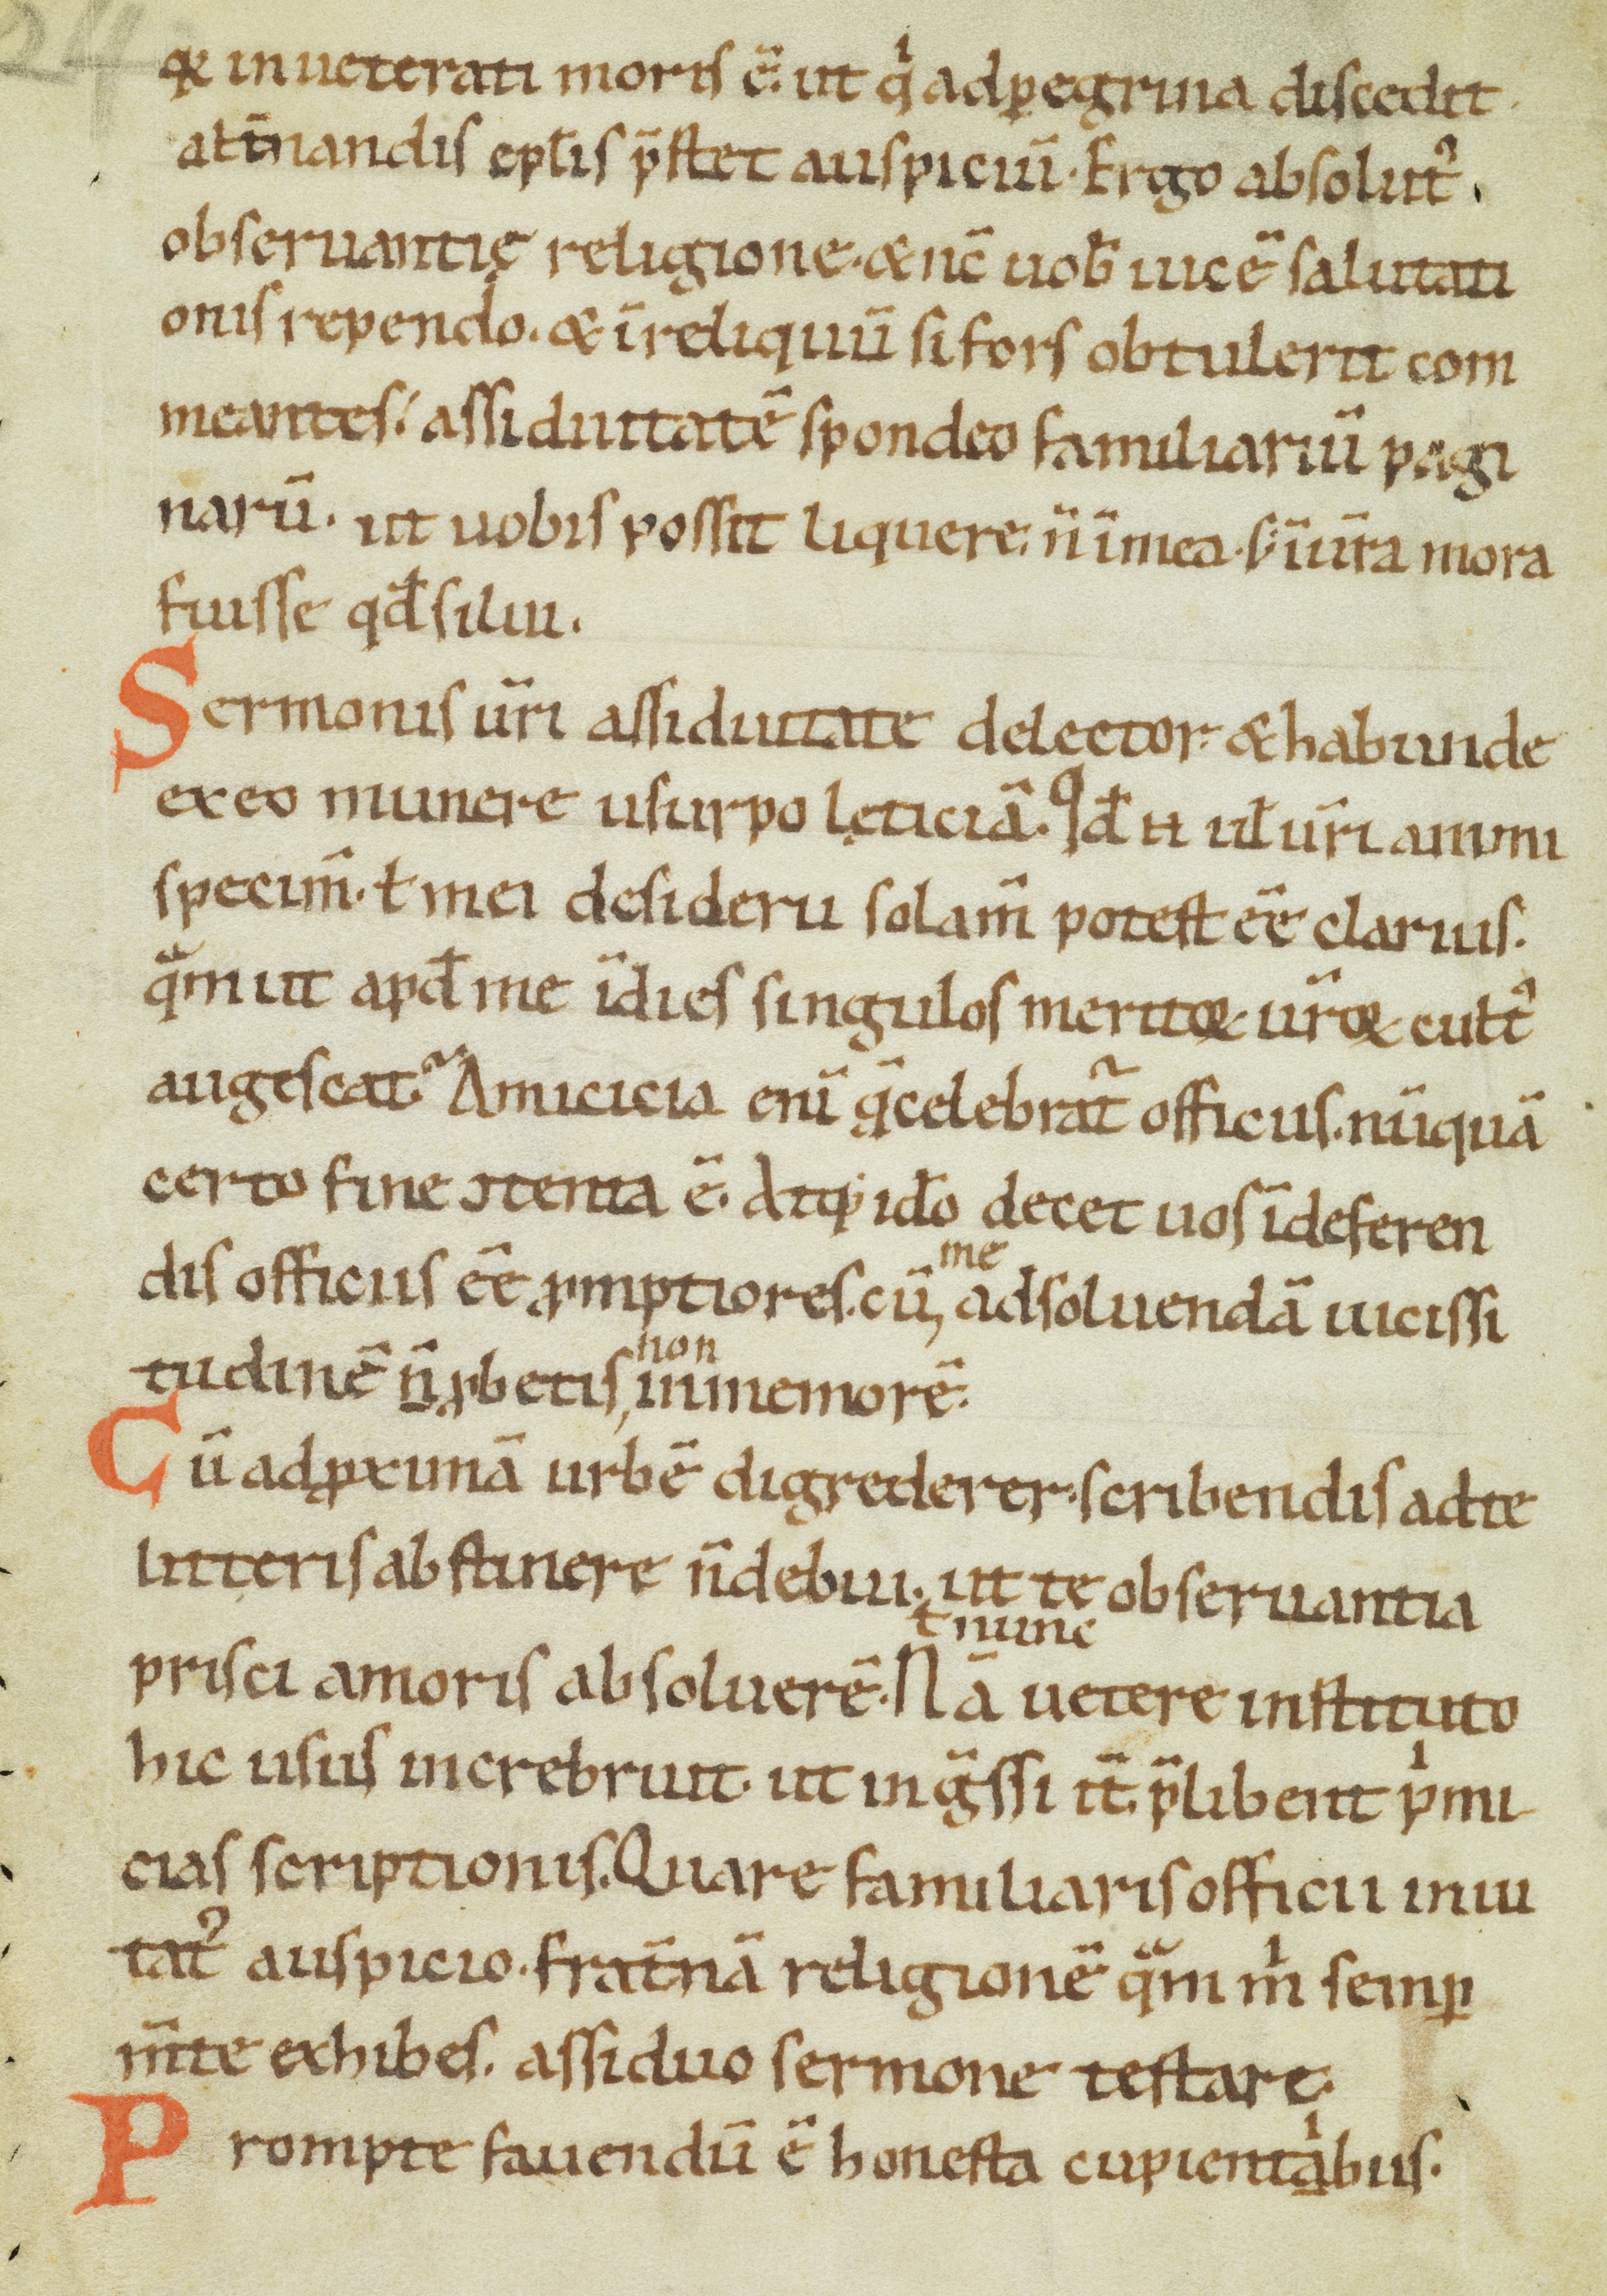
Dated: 1100–1199